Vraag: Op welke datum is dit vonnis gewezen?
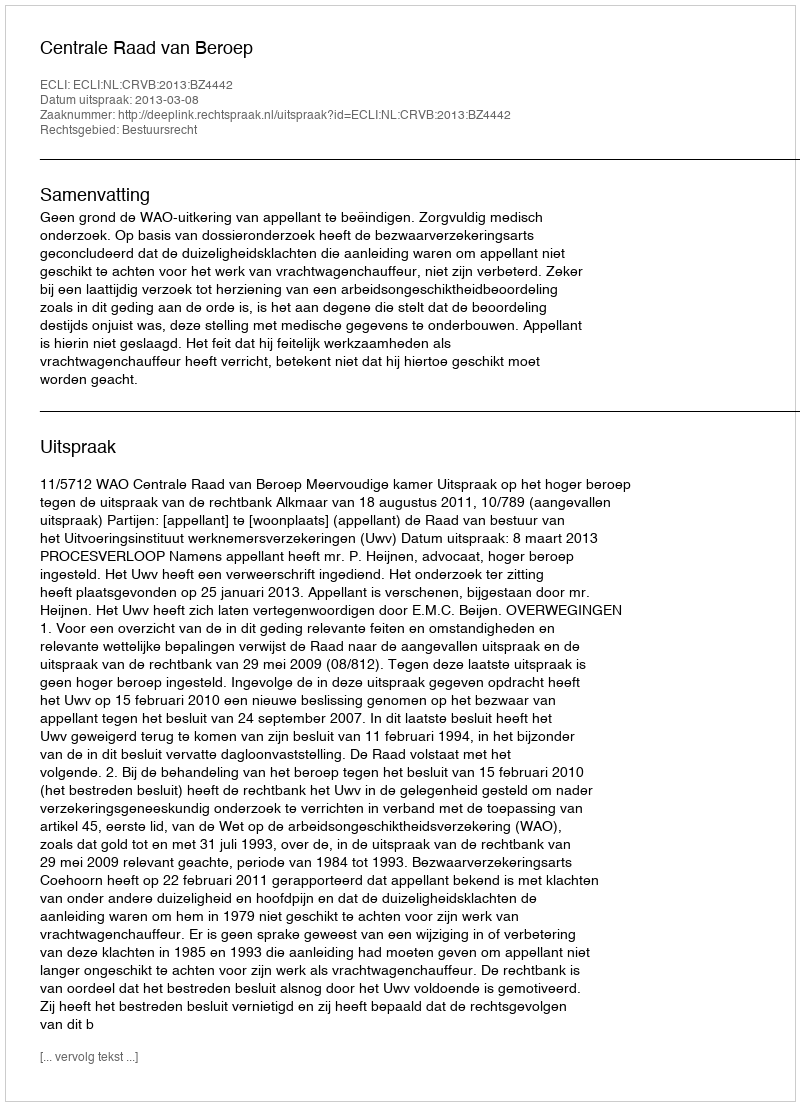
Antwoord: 2013-03-08